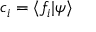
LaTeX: c _ { i } = \langle f _ { i } | \psi \rangle